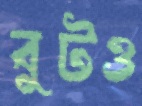
বুটও